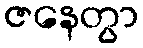
ဇနေတွာ